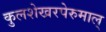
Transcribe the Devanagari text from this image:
कुलशेखरपेरुमाल्